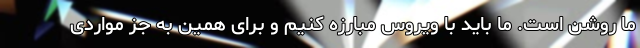
ما روشن است. ما باید با ویروس مبارزه کنیم و برای همین به جز مواردی